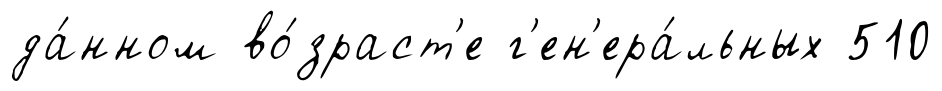
да́нном во́зраст'е г'ен'ера́льных 510